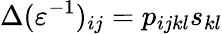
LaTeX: \Delta(\varepsilon^{-1})_{ij}=p_{ijkl}s_{kl}